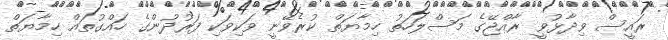
ރައީސް ވިދާޅުވީ ރާއްޖޭގެ މަސްލަހަތު ހިމާޔަތް ކުރެވޭނީ ވަކިވަކި ފަރުދުންގެ ހައްގުތައް ހިމާޔަތް